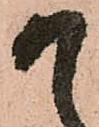
か